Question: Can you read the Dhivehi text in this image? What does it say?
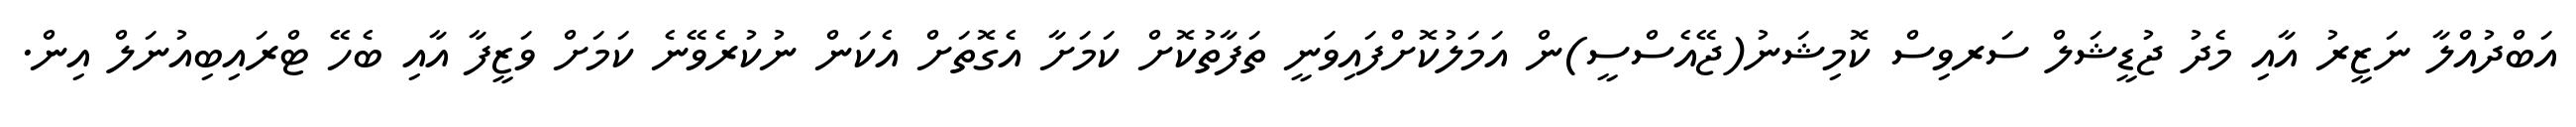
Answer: އަބްދުއްލާ ނަޒީރު އާއި މެދު ޖުޑީޝަލް ސަރވިސް ކޮމިޝަނު(ޖޭއެސްސީ)ން އަމަލުކޮށްފައިވަނީ ތަފާތުކޮށް ކަމަށާ އެގޮތަށް އެކަން ނުކުރެވޭނެ ކަމަށް ވަޒީފާ އާއި ބެހޭ ޓްރައިބިއުނަލް އިން.